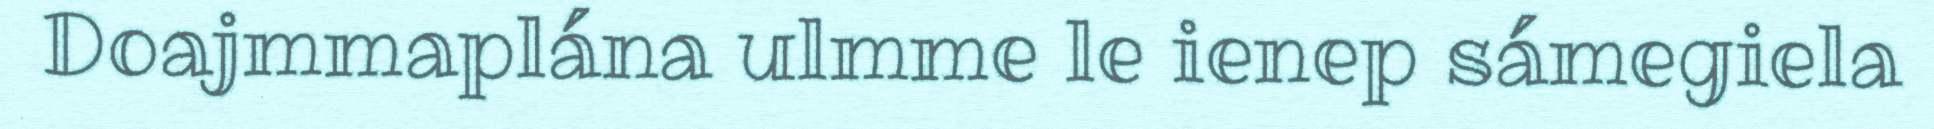
Doajmmaplána ulmme le ienep sámegiela